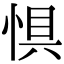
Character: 惧